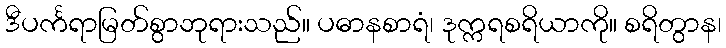
ဒီပင်္ကရာမြတ်စွာဘုရားသည်။ ပဓာနစာရံ၊ ဒုက္ကရစရိယာကို။ စရိတွာန၊